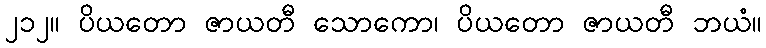
၂၁၂။ ပိယတော ဇာယတီ သောကော၊ ပိယတော ဇာယတီ ဘယံ။